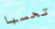
تحسبا